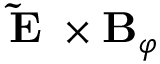
\mathbf { \tilde { E } _ { \theta } } \times \mathbf { B } _ { \varphi }